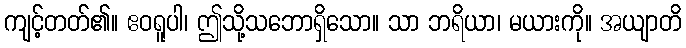
ကျင့်တတ်၏။ ဧဝရူပါ၊ ဤသို့သဘောရှိသော။ သာ ဘရိယာ၊ မယားကို။ အယျာတိ